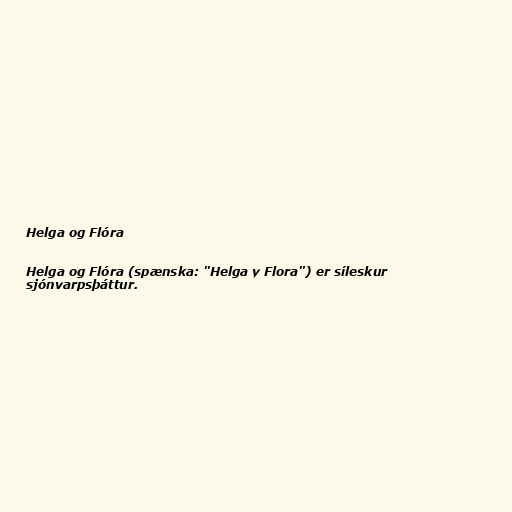
Helga og Flóra

Helga og Flóra (spænska: "Helga y Flora") er síleskur
sjónvarpsþáttur.